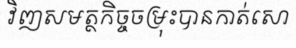
វិញសមត្ថកិច្ចចម្រុះបានកាត់សោ